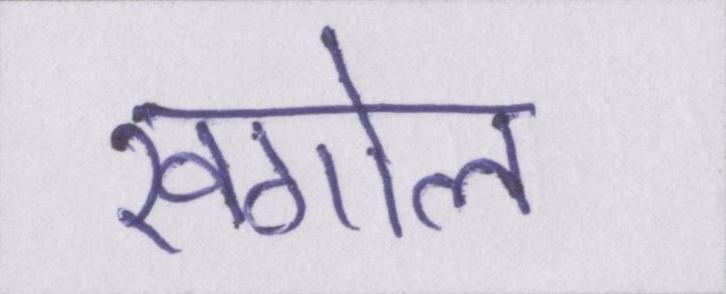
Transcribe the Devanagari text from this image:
खगोल